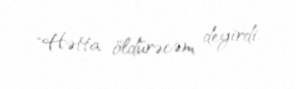
"Hətta öldürəcəm deyirdi.